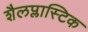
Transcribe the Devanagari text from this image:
शैलप्लास्टिक